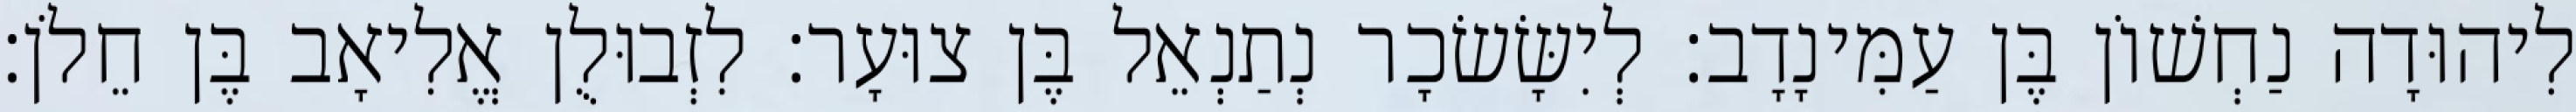
לִיהוּדָה נַחְשׁוֹן בֶּן עַמִּינָדָב׃ לְיִשָּׂשׂכָר נְתַנְאֵל בֶּן צוּעָר׃ לִזְבוּלֻן אֱלִיאָב בֶּן חֵלֹן׃